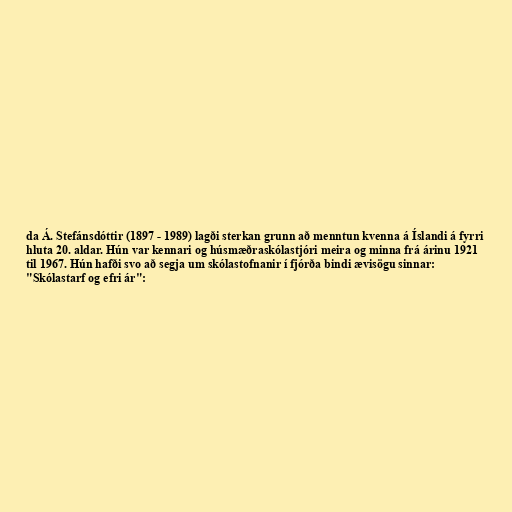
da Á. Stefánsdóttir (1897 - 1989) lagði sterkan grunn að menntun kvenna á Íslandi á fyrri
hluta 20. aldar. Hún var kennari og húsmæðraskólastjóri meira og minna frá árinu 1921
til 1967. Hún hafði svo að segja um skólastofnanir í fjórða bindi ævisögu sinnar:
"Skólastarf og efri ár":